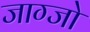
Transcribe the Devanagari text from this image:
जाग्जो